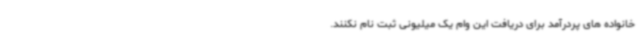
خانواده های پردرآمد برای دریافت این وام یک میلیونی ثبت نام نکنند.